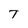
Character: T